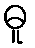
ဓူ